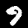
Digit: 9